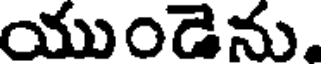
యుండెను.